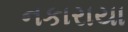
નકારાયા